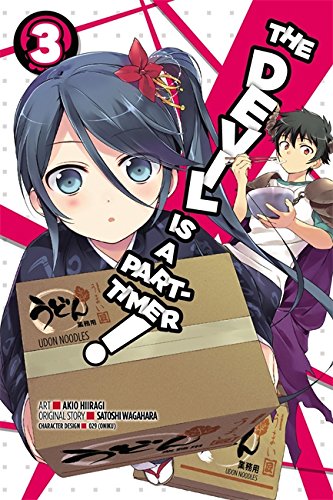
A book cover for The Devil Is a Part-Timer, Vol. 3 (manga) (The Devil Is a Part-Timer Manga); Satoshi Wagahara; Teen & Young Adult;